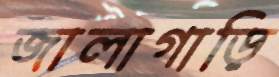
জালাগাড়ি